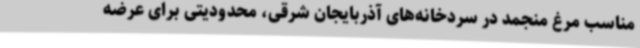
مناسب مرغ منجمد در سردخانه‌های آذربایجان شرقی، محدودیتی برای عرضه